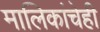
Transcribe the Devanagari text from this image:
मालिकांचेही